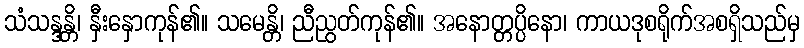
သံသန္ဒန္တိ၊ နှီးနှောကုန်၏။ သမေန္တိ၊ ညီညွတ်ကုန်၏။ အနောတ္တပ္ပိနော၊ ကာယဒုစရိုက်အစရှိသည်မှ